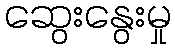
ဆွေးနွေးမှု